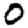
Digit: 0